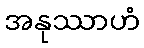
အနုဿာဟံ